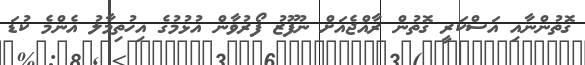
ގޮތުންނާއި އަސްކަރީ ގޮތުން ރާއްޖެއަށް ނުފޫޒު ފޯރުވާން އުޅުމުގެ އިހުތިމާލު އެންމެ ކުޑަ